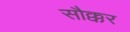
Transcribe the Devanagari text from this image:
सौक्कर